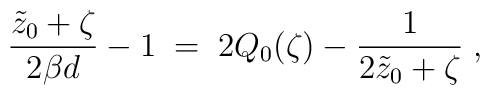
{\tilde{z}_0+\zeta\over 2\beta d}-1\;=\;2Q_0(\zeta)-{1\over 2\tilde{z}_0+\zeta}\;,